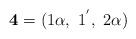
LaTeX: \begin{align*}{\bf 4} = (1\alpha,~1^{^{\prime}},~2\alpha) \end{align*}